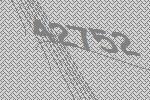
42752